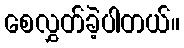
စေလွှတ်ခဲ့ပါတယ်။